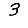
Digit: 3